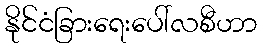
နိုင်ငံခြားရေးပေါ်လစီဟာ